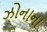
ઝોનાના